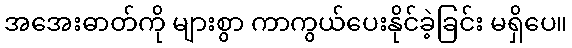
အအေးဓာတ်ကို များစွာ ကာကွယ်ပေးနိုင်ခဲ့ခြင်း မရှိပေ။